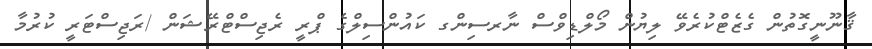
ޤާނޫނީގޮތުން ގެޒެޓްކުރެވޭ ލިޔުން މޯލްޑިވްސް ނާރސިންގ ކައުންސިލްގެ ޕްރީ ރެޖިސްޓްރޭޝަން /ރަޖިސްޓަރީ ކުރުމާ